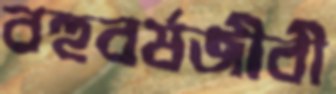
বহুবর্ষজীবী